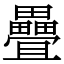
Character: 疊